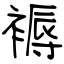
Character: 褥